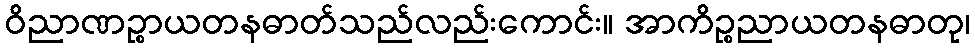
ဝိညာဏဉ္စာယတနဓာတ်သည်လည်းကောင်း။ အာကိဉ္စညာယတနဓာတု၊